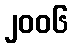
၂၀၀၆